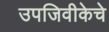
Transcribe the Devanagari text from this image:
उपजिवीकेचे